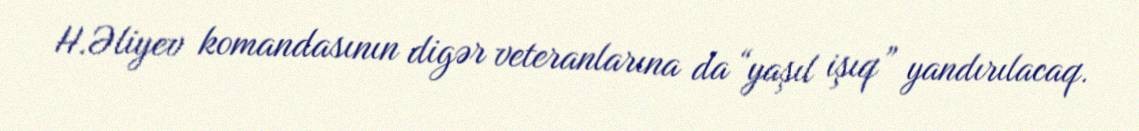
H.Əliyev komandasının digər veteranlarına da “yaşıl işıq” yandırılacaq.